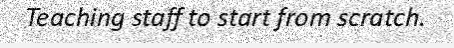
Teaching staff to start from scratch.